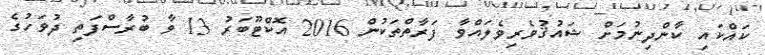
ކައްކައި ކާންދިނުމަށް ޝައުޤުވެރިވެލައްވާ ފަރާތްތަކުން 2016 އޮކްޓޫބަރު 13 ވާ ބުރާސްފަތި ދުވަހުގެ